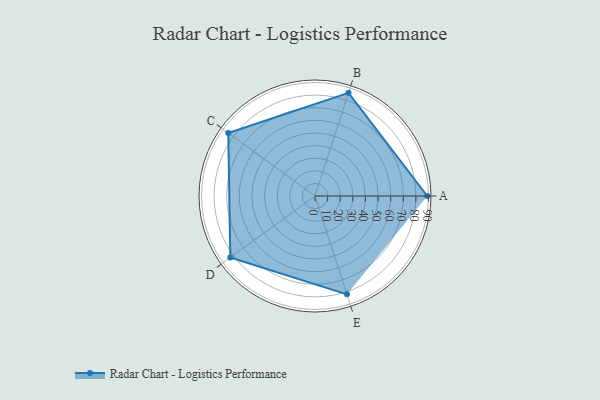
{"axis": {"x": "Skill", "y": "Score"}, "legend": ["Profile"], "data": [{"x": "A", "y": 89.0, "type": "Profile"}, {"x": "B", "y": 86.0, "type": "Profile"}, {"x": "C", "y": 85.0, "type": "Profile"}, {"x": "D", "y": 83.0, "type": "Profile"}, {"x": "E", "y": 82.0, "type": "Profile"}]}